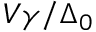
V \gamma / \Delta _ { 0 }